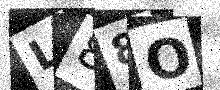
Text: L88O